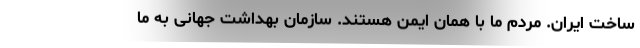
ساخت ایران. مردم ما با همان ایمن هستند. سازمان بهداشت جهانی به ما